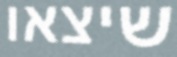
שיצאו